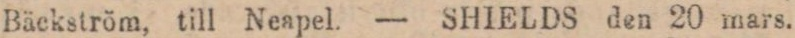
Bäckström, till Neapel. — SHIELDS den 20 mars.